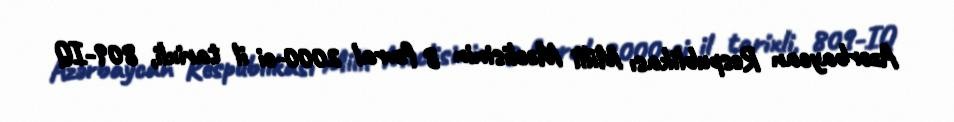
Azərbaycan Respublikası Milli Məclisinin 8 fevral 2000-ci il tarixli, 809-IQ